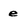
Character: e